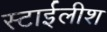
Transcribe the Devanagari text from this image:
स्टाईलीश